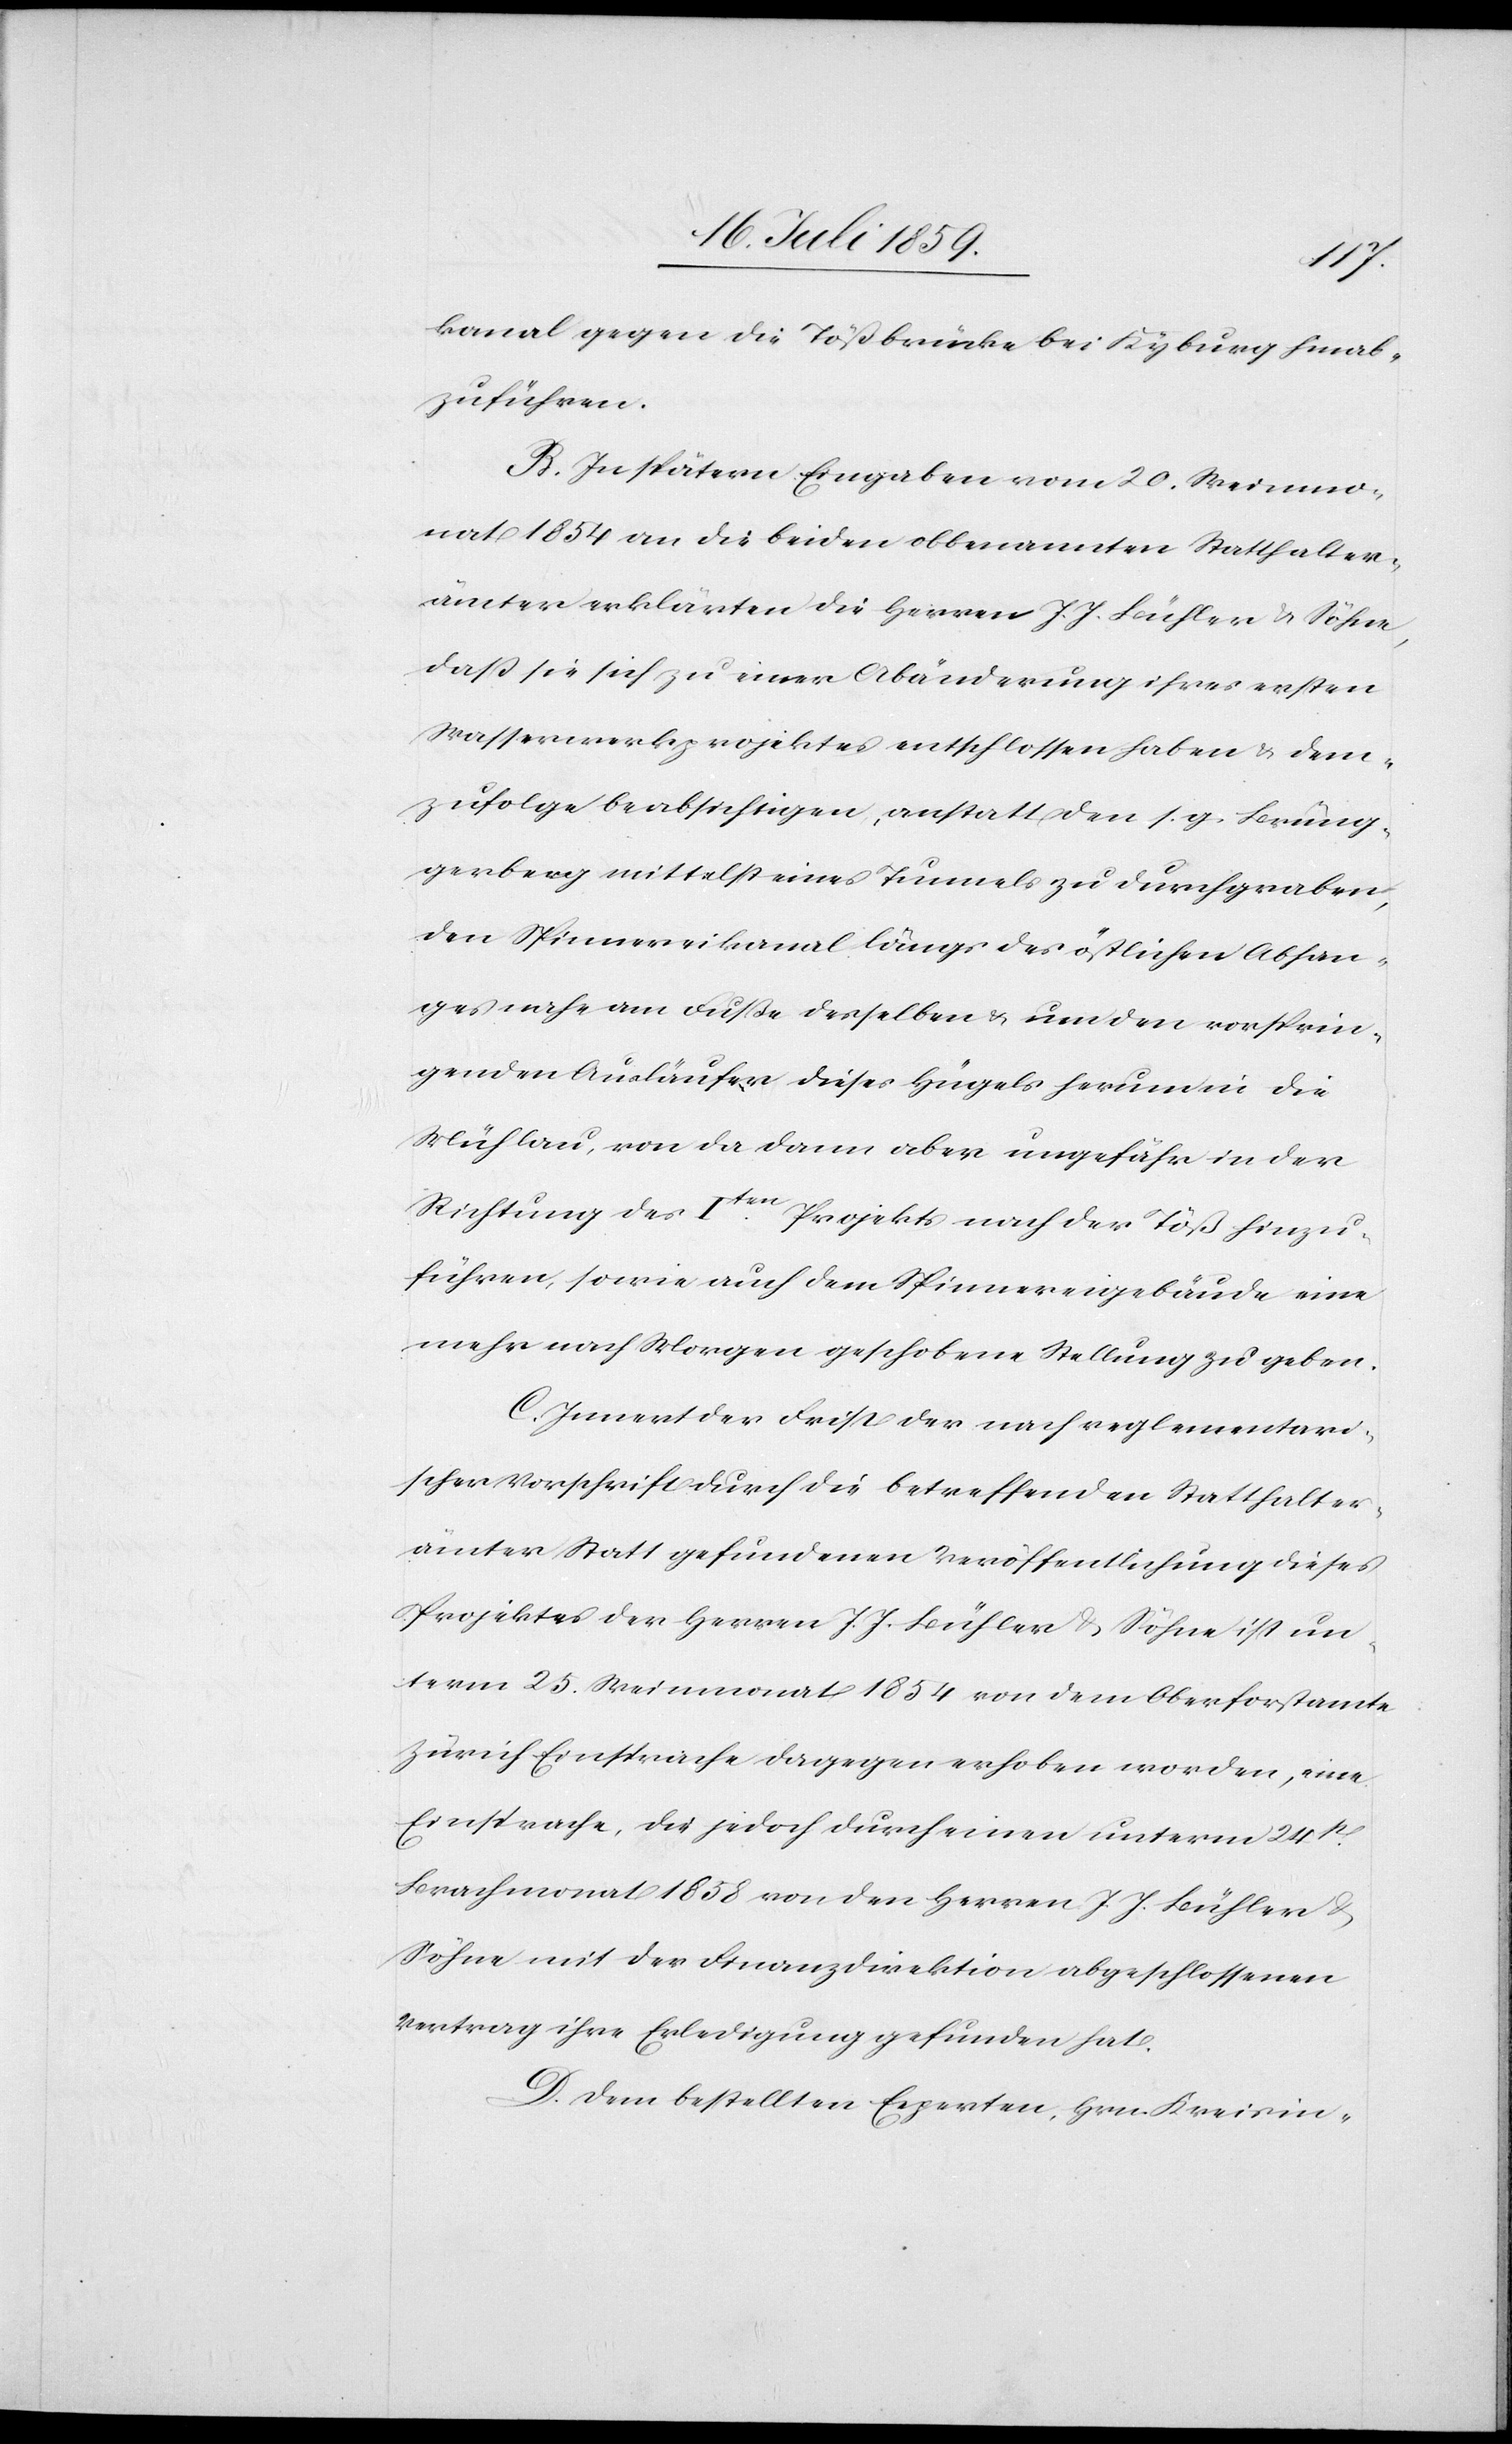
kanal gegen die Tößbrücke bei Kyburg hinab¬
zuführen.
B. In spätern Eingaben vom 20. Weinmo¬
nat 1854 an die beiden obbenannten Statthalter¬
ämter erklärten die Herren J. J. Bühler u. Söhne,
daß sie sich zu einer Abänderung ihres ersten
Wasserwerkprojektes entschlossen haben u. dem¬
zufolge beabsichtigen, anstatt den s. g. Brüng¬
gerberg mittelst eines Tunnels zu durchgraben,
den Spinnereikanal längs des östlichen Abhan¬
ges nahe am Fuße desselben u. um den vorsprin¬
genden Ausläufer dieses Hügels herum in die
Mühlau, von da dann aber ungefähr in der
Richtung des Iten. Projekts nach der Töß hinzu¬
führen, sowie auch dem Spinnereigebäude eine
mehr nach Morgen geschobene Stellung zu geben.
C. Innert der Frist der nach reglementari¬
scher Vorschrift durch die betreffenden Statthalter¬
ämter Statt gefundenen Veröffentlichung dieses
Projektes der Herren J. J. Bühler u. Söhne ist un¬
term 25. Weinmonat 1854 von dem Oberforstamte
Zürich Einsprache dagegen erhoben worden, eine
Einsprache, die jedoch durch einen unterm 24t[en].
Brachmonat 1858 von den Herren J. J. Bühler u.
Söhne mit der Finanzdirektion abgeschlossenen
Vertrag ihre Erledigung gefunden hat.
D. Dem bestellten Experten, Hrn. Kreisin-